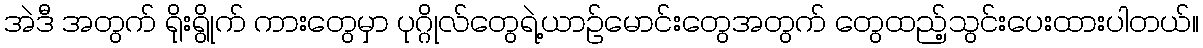
အဲဒီ အတွက် ရိုးရွိုက် ကားတွေမှာ ပုဂ္ဂိုလ်တွေရဲ့ယာဉ်မောင်းတွေအတွက် တွေထည့်သွင်းပေးထားပါတယ်။